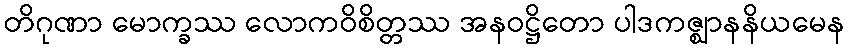
တိဂုဏာ မောက္ခဿ လောကဝိစိတ္တဿ အနဝဋ္ဌိတော ပါဒကဇ္ဈာနနိယမေန